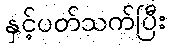
နှင့်ပတ်သက်ပြီး